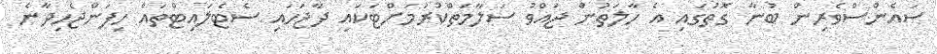
ސައެންސްވެރިން ބުނާ ގޮތުގައި އެ ހާލަތުން ޖައްވު ސަލާމަތްކުރުމަށްޓަކައި ދާޖަހައި ސެޓެލައިޓްތައް ހިފަންޖެހިދާނެ